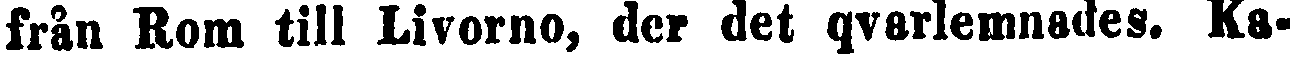
från Rom till Livorno, der det qvarlemnades. Ka-